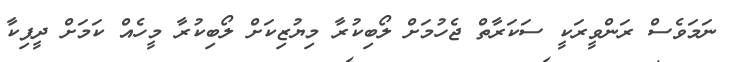
ނަމަވެސް ރަންވީރަކީ ސަކަރާތް ޖެހުމަށް ލޯބިކުރާ މިޔުޒިކަށް ލޯބިކުރާ މީހެއް ކަމަށް ދީޕިކާ